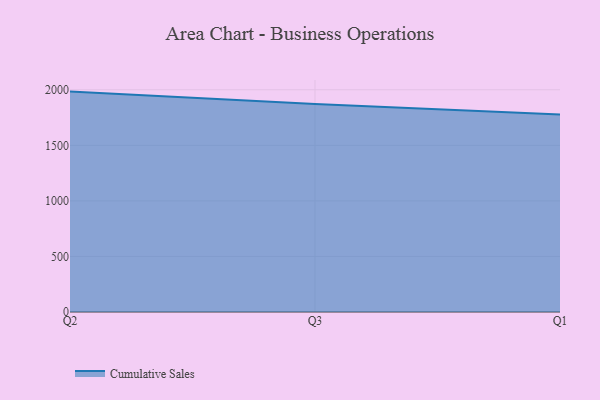
{"axis": {"x": "Quarter", "y": "Waste Production (Tons)"}, "legend": ["Cumulative Sales"], "data": [{"x": "Q2", "y": 1983.6, "type": "Cumulative Sales"}, {"x": "Q3", "y": 1871.9, "type": "Cumulative Sales"}, {"x": "Q1", "y": 1777.3, "type": "Cumulative Sales"}]}